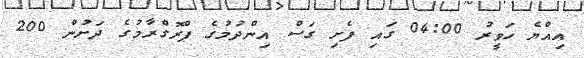
އިއްޔެ ހަވީރު 04:00 ގައި ފެށި ގަސް އިންދުމުގެ ޕްރޮގްރާމުގެ ދަށުން 200